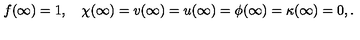
f ( \infty ) = 1 , \quad \chi ( \infty ) = v ( \infty ) = u ( \infty ) = \phi ( \infty ) = \kappa ( \infty ) = 0 , .